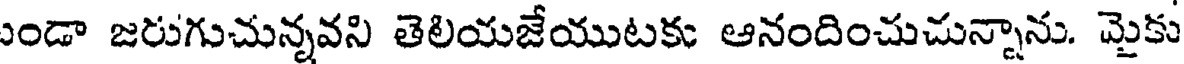
ఎండా జరుగుచున్నవని తెలియజేయుటకు ఆనందించుచున్నాను. మైకు